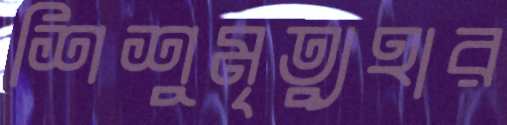
শিশুমৃত্যুহার